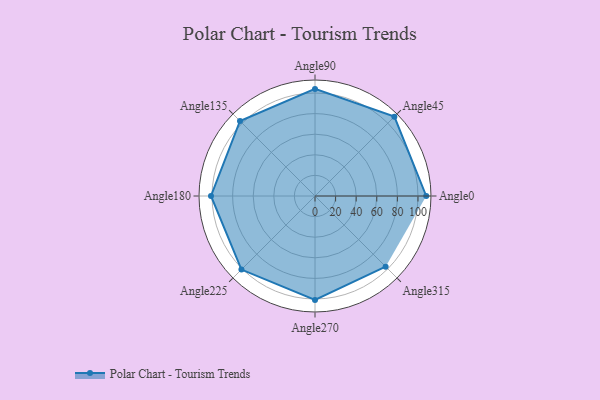
{"axis": {"x": "Angle", "y": "Radius"}, "legend": [""], "data": [{"x": "Angle0", "y": 108.0, "type": ""}, {"x": "Angle45", "y": 109.0, "type": ""}, {"x": "Angle90", "y": 104.0, "type": ""}, {"x": "Angle135", "y": 103.0, "type": ""}, {"x": "Angle180", "y": 101.0, "type": ""}, {"x": "Angle225", "y": 101.0, "type": ""}, {"x": "Angle270", "y": 101.0, "type": ""}, {"x": "Angle315", "y": 97.0, "type": ""}]}